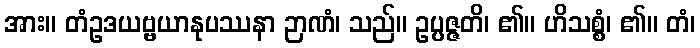
အား။ တံဥဒယဗ္ဗယာနုပဿနာ ဉာဏံ၊ သည်။ ဥပ္ပဇ္ဇတိ၊ ၏။ ဟိသစ္စံ၊ ၏။ တံ၊